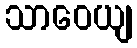
သာဝေယျ